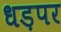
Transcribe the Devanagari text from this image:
धड़पर